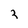
Character: 3